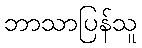
ဘာသာပြန်သူ